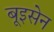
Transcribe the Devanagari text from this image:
बूइसेन